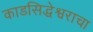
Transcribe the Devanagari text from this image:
काडसिद्धेश्वराचा